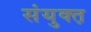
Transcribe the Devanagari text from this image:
संयुक्त़